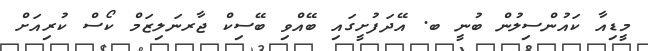
މީޑިއާ ކައުންސިލުން ބުނީ ބ. އޭދަފުށީގައި ބޭއްވި ބޭސިކް ޖާރނަލިޒަމް ކޯސް ކުރިއަށް